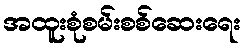
အထူးစုံစမ်းစစ်ဆေးရေး